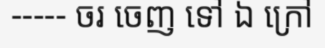
----- ចរ ចេញ ទៅ ឯ ក្រៅ